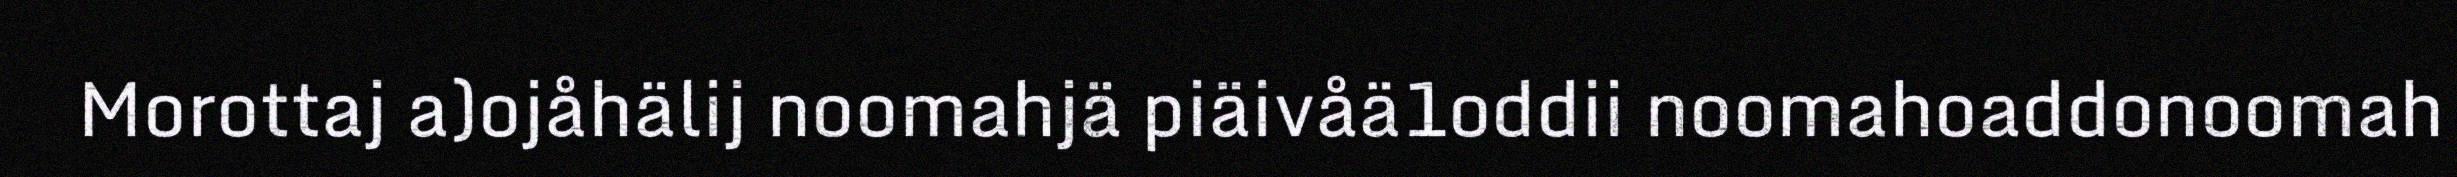
Morottaj a)ojåhälij noomahjä piäivåä1oddii noomahoaddonoomah